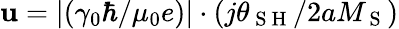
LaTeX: \mathbf{u}=\left|\left(\gamma_{0}\hbar/\mu_{0}e\right)\right|\cdot\left(j\theta_{\mathrm{{~S~H~}}}/2aM_{\mathrm{{~S~}}}\right)